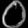
Digit: ၀